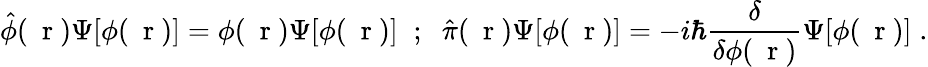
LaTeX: \hat{\phi}(\mathrm{~\mathbf~r~})\Psi[\phi(\mathrm{~\mathbf~r~})]=\phi(\mathrm{~\mathbf~r~})\Psi[\phi(\mathrm{~\mathbf~r~})]\; \; ;\; \; \hat{\pi}(\mathrm{~\mathbf~r~})\Psi[\phi(\mathrm{~\mathbf~r~})]=-i\hbar\frac{\delta}{\delta\phi(\mathrm{~\mathbf~r~})}\Psi[\phi(\mathrm{~\mathbf~r~})]\; .